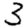
Digit: 3